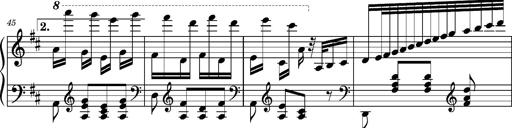
Title: Ungarischer Romanzero
Composer: Franz Liszt